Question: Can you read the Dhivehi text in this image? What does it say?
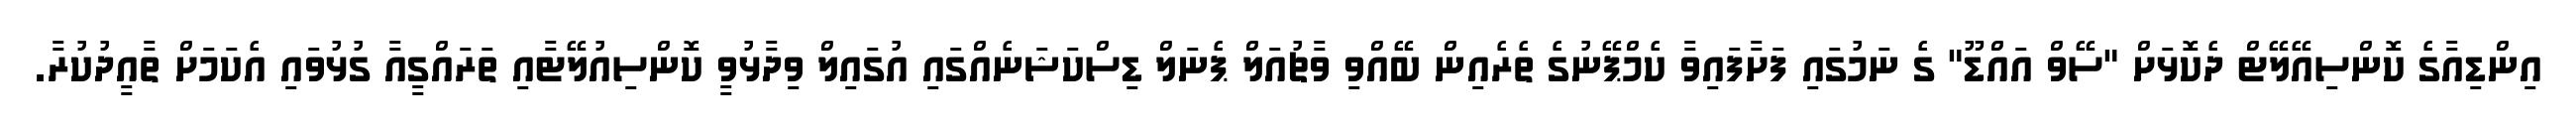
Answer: އިންޑިއާގެ ކޮންސިއޭލޭޓް ދެކޮޅަށް "ސޭވް އައްޑޫ" ގެ ނަމުގައި ފަށާފައިވާ ކެމްޕޭނުގެ ތެރެއިން ބޭއްވި ވާޗުއަލް ޕެނަލް ޑިސްކަޝަނެއްގައި އުގައިލް ވިދާޅުވީ ކޮންސިއުލޭޓާއި ތަރައްގީއާ ގުޅުވައި އެކަމަށް ތާއީދުކުރާ.